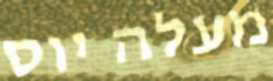
מעלה יוס